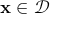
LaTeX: \mathbf { x } \in { \mathcal { D } }